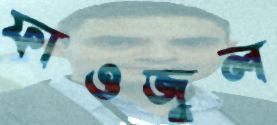
ফাওজুল